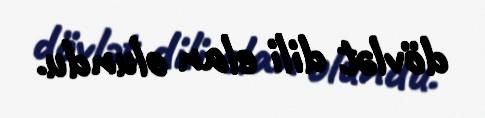
dövlət dili elan olundu.